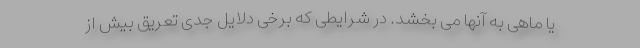
یا ماهی به آنها می بخشد. در شرایطی که برخی دلایل جدی تعریق بیش از